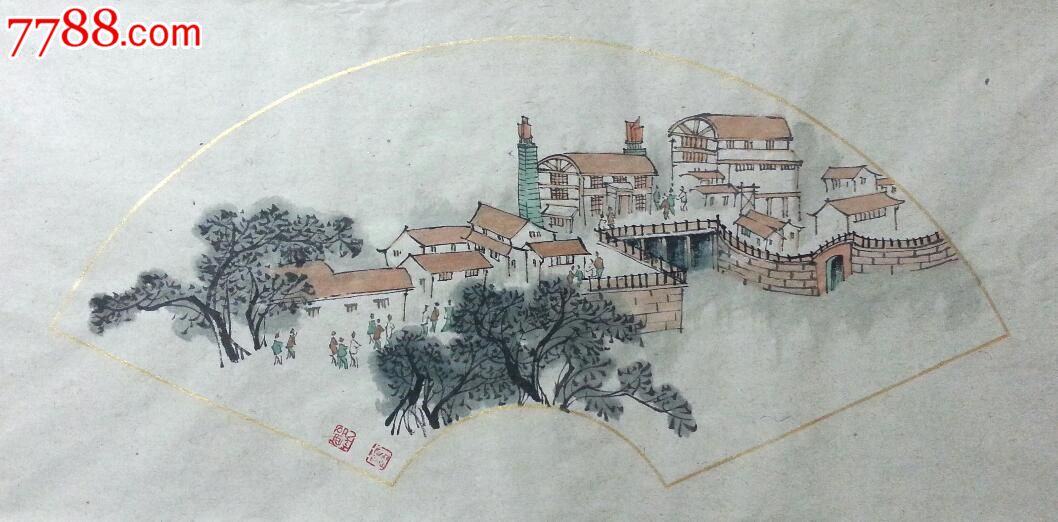
只应守寂寞，还掩故园扉。